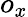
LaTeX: o_{x}